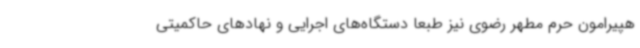
هپیرامون حرم مطهر رضوی نیز طبعاً دستگاه‌های اجرایی و نهادهای حاکمیتی